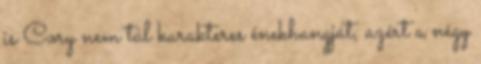
is Cory nem túl karakteres énekhangját, azért a négy